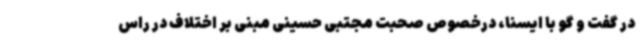
در گفت و گو با ایسنا، درخصوص صحبت مجتبی حسینی مبنی بر اختلاف در راس